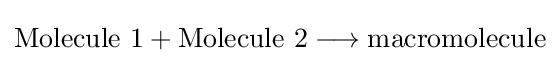
{{{\text{Molecule}}\ {\text{1}}}{}+{}{{\text{Molecule}}\ {\text{2}}}{}\mathrel {\longrightarrow } {}{\text{macromolecule}}}